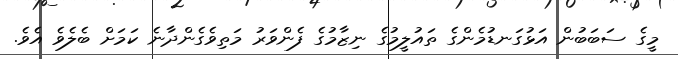
މީގެ ސަބަބުން އަޅުގަނޑުމެންގެ ތައުލީމުގެ ނިޒާމުގެ ފެންވަރު މަތިވެގެންދާނެ ކަމަށް ބެލެވެ އެވެ.